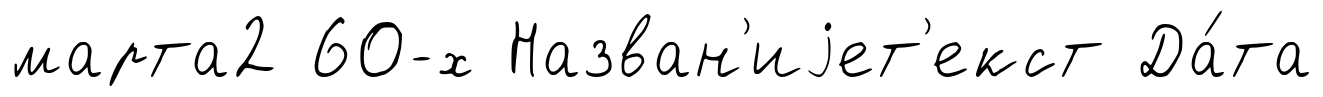
марта2 60-х Назван'иjет'екст Да́та